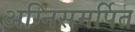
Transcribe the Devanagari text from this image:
अग्निसमर्पित